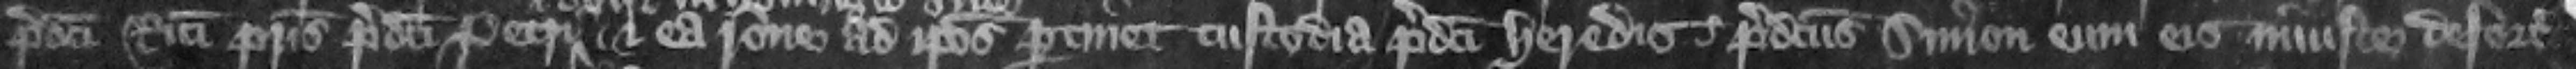
predicti Ricardi patris predicti Petri et ea racione ad ipsos pertinet custodia predicti heredis predictus Simon eum eis iniuste deforciat.